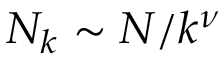
N _ { k } \sim N / k ^ { \nu }